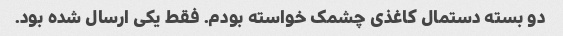
دو بسته دستمال کاغذی چشمک خواسته بودم. فقط یکی ارسال شده بود.